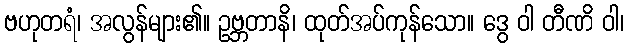
ဗဟုတရံ၊ အလွန်များ၏။ ဥဗ္ဘတာနိ၊ ထုတ်အပ်ကုန်သော။ ဒွေ ဝါ တီဏိ ဝါ၊